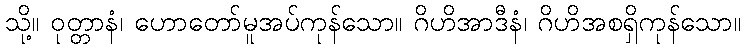
သို့။ ဝုတ္တာနံ၊ ဟောတော်မူအပ်ကုန်သော။ ဂိဟိအာဒီနံ၊ ဂိဟိအစရှိကုန်သော။